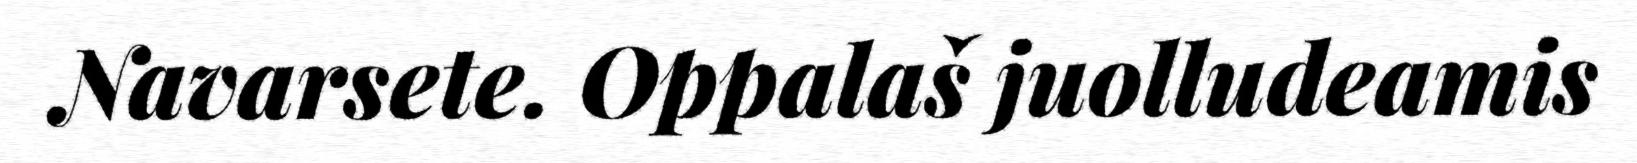
Navarsete. Oppalaš juolludeamis